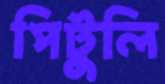
পিটুলি